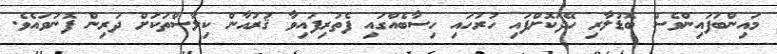
މައިންބަފައިންވެސް ބޮޑުލާރި ހޭދަކޮށްފައި ހުރުހައި ހިސާބެއްގައި ފެތުރިފައިވާ ޤުރުއާން ކިލާސްތަކަށް ދަރިން ފޮނުވައެވެ.